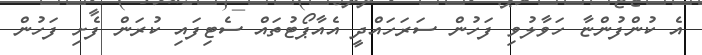
އެ ކުންފުންޏާ ހަވާލުވި ފަހުން ސަރަހައްދީ އެއާޕޯޓުތައް ސެޓިފައި ކުރަން ފެށި ފަހުން